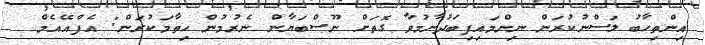
އިންތިހާބު ލަސްނުކުރަން ނިންމައިފިބަދުނާމުވާ ގޮތަށް ނޫސްބަޔާން ނެރުމުން ހިތާމަކުރަން: އެފްއޭއެމް